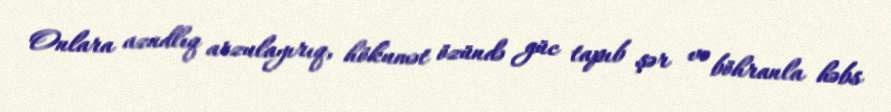
Onlara azadlıq arzulayırıq, hökumət özündə güc tapıb şər və böhranla həbs